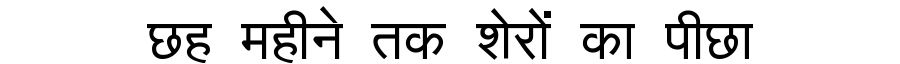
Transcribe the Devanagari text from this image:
छह महीने तक शेरों का पीछा